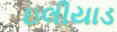
ઇલીયાડ